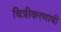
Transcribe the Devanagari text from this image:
चित्रीकरणाची